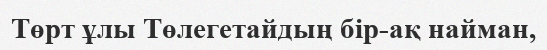
Төрт ұлы Төлегетайдың бір-ақ найман,